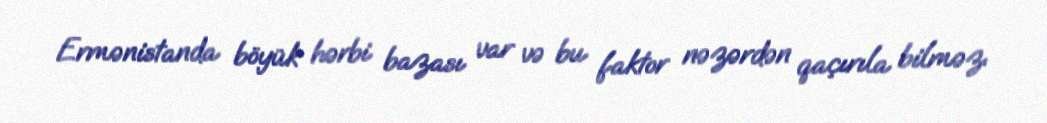
Ermənistanda böyük hərbi bazası var və bu faktor nəzərdən qaçırıla bilməz.